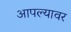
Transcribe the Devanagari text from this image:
आपल्‍यावर